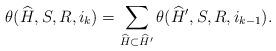
LaTeX: \begin{align*}\theta(\widehat{H},S,{R},i_k) = \sum_{\widehat{H} \subset \widehat{H}'} \theta(\widehat{H}',S,{R},i_{k - 1}).\end{align*}